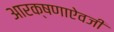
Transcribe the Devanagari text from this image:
आरक्षणाऐवजी